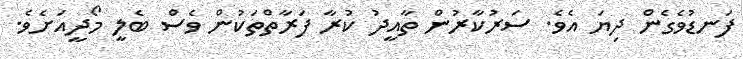
ފަނޑުވެގެން ދިޔަ އެވެ. ސަރުކާރުން ތާއީދު ކުރާ ފަރާތްތަކުން ވެސް ބެލީ މޯދީއަށެވެ.